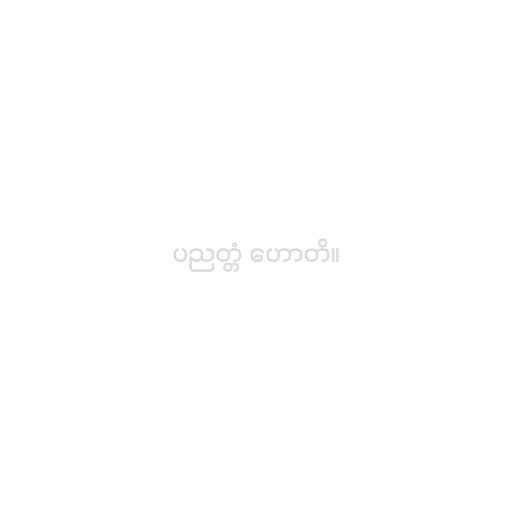
ပညတ္တံ ဟောတိ။